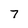
Character: 7